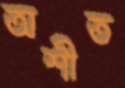
অশীত